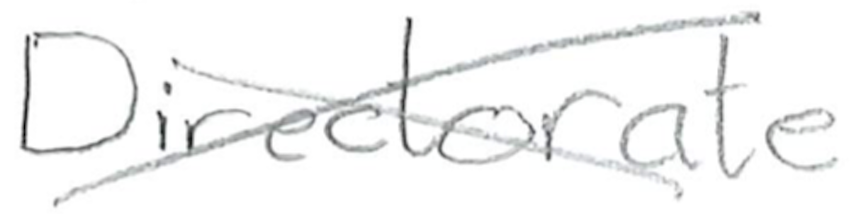
Text: Directorate
Cross-out: mix
Writing tool: pencil